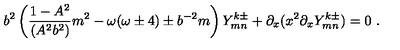
b ^ { 2 } \left( \frac { 1 - A ^ { 2 } } { ( A ^ { 2 } b ^ { 2 } ) } m ^ { 2 } - \omega ( \omega \pm 4 ) \pm b ^ { - 2 } m \right) Y _ { m n } ^ { k \pm } + \partial _ { x } ( x ^ { 2 } \partial _ { x } Y _ { m n } ^ { k \pm } ) = 0 \ .